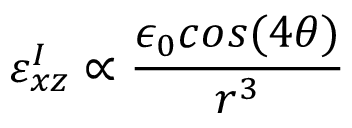
\varepsilon _ { x z } ^ { I } \propto \frac { \epsilon _ { 0 } c o s ( 4 \theta ) } { r ^ { 3 } }